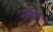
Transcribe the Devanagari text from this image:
शताधिपः